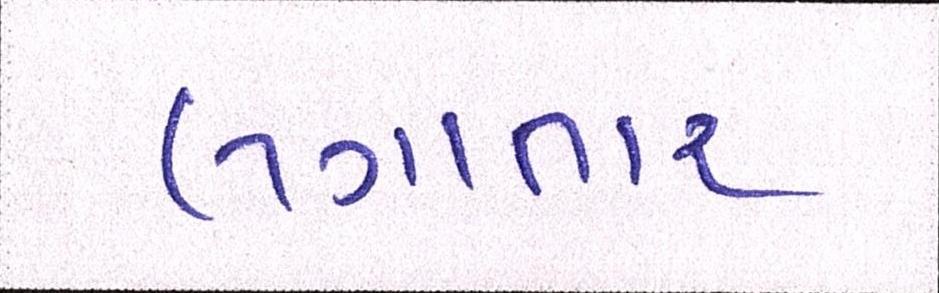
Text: લગાતાર